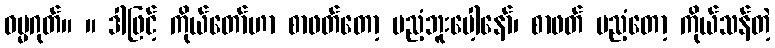
ဓမ္မဂုတ်။ ။ ဒါဖြင့် ကိုယ်တော်ဟာ စာဖတ်တော့ မညံ့ဘူးပေါ့နော်၊ စာဖတ် မညံ့တော့ ကိုယ်သန်တဲ့